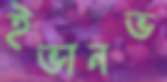
ইভানভ